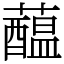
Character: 𧂯